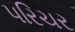
પરિચર